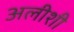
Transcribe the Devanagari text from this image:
अलीशी